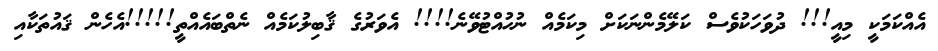
އެއްކަމަކީ މިއީ!!! ދުވަހަކުވެސް ކަލޭމެންނަކަށް މިކަމެއް ނުހުއްޓުވޭނެ!!!! އެވަރުގެ ޤާބިލުކަމެއް ނެތްބައެއްތީ!!!!!އެހެން ޤައުތަކާއި